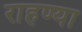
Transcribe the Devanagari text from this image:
राहण्या